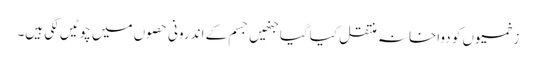
زخمیوں کو دواخانہ منتقل کیاگیا جنھیں جسم کے اندرونی حصوں میں چوٹیں لگی ہیں۔